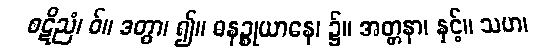
စဋိညံ၊ ဝ်။ ဒတွာ၊ ၍။ ဓနဉ္စုယာနေ၊ ၌။ အတ္တနာ၊ နှင့်။ သဟ၊